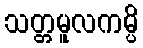
သတ္တမူလကမ္ပိ